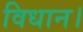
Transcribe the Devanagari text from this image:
विधान।